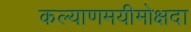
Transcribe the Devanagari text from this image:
कल्याणमयीमोक्षदा